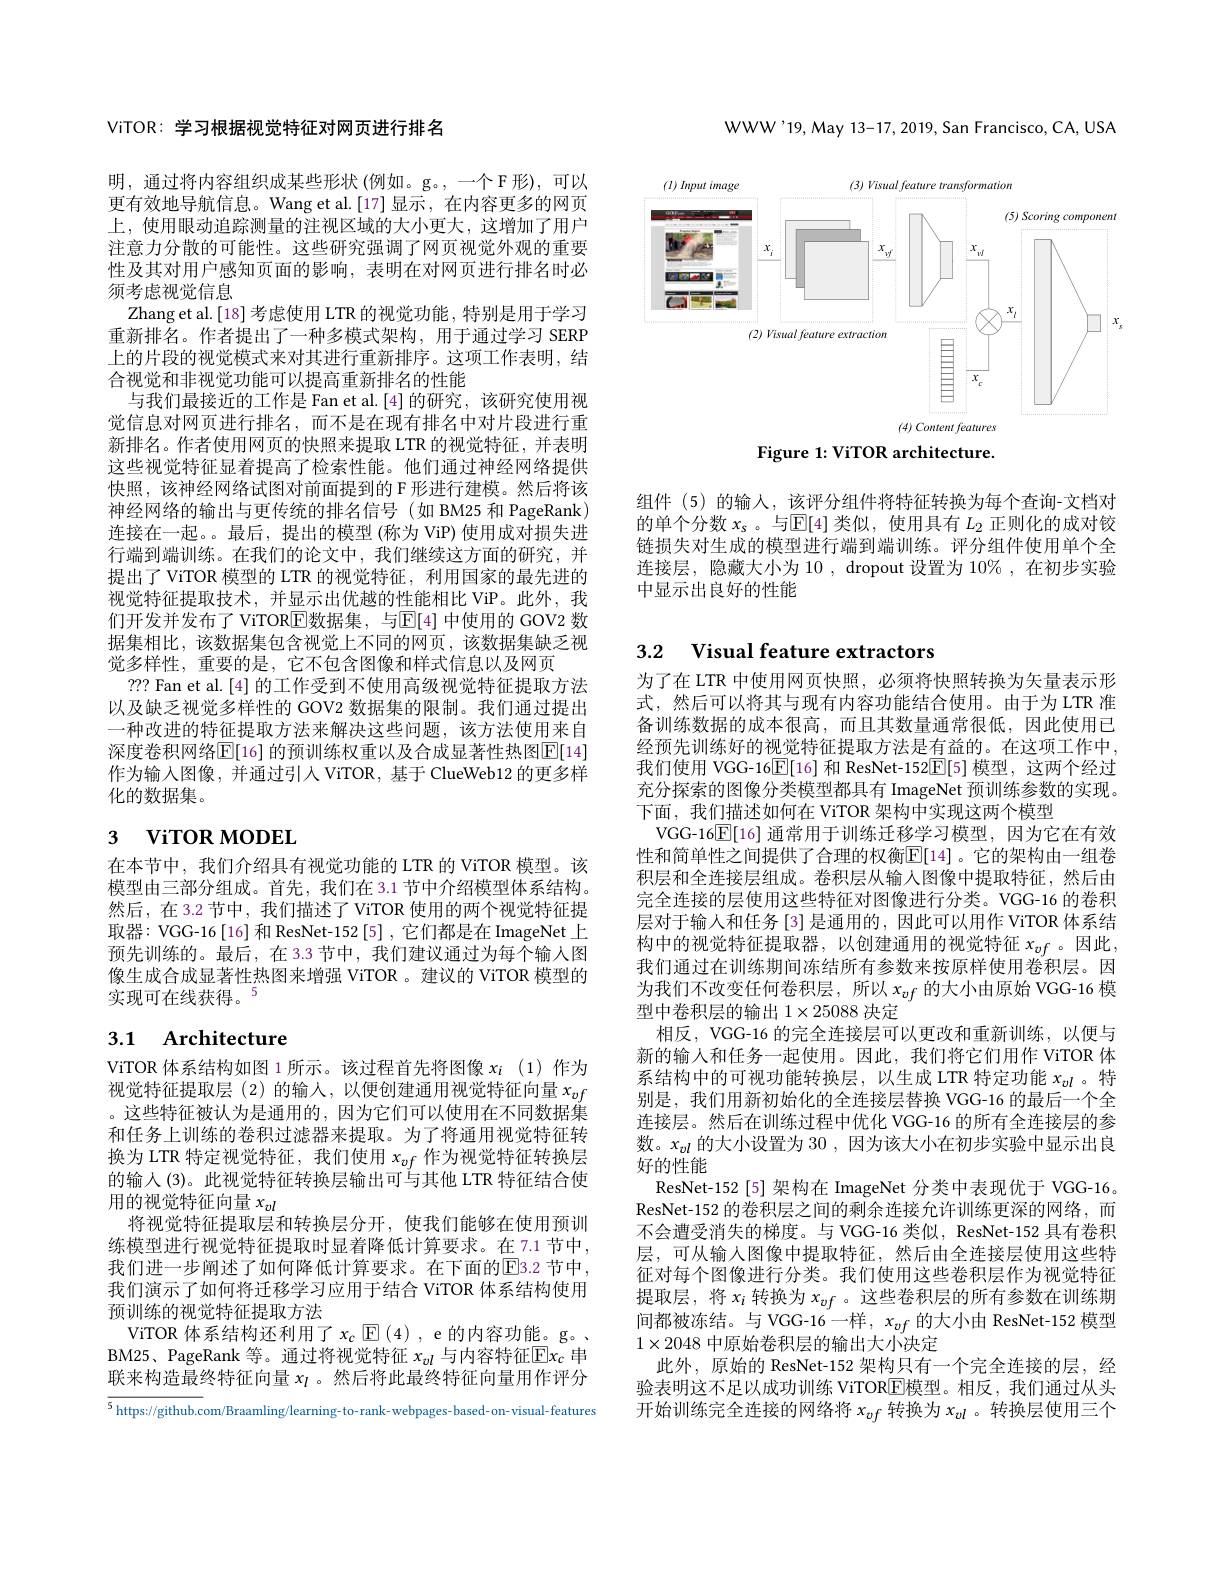
WWW'19,May 13-17, 2019, San Francisco, CA, USA

<FigureHere>

Figure 1: ViTOR architecture.

组件 (5)的输入，该评分组件将特征转换为每个查询-文档对的单个分数$x_s$ 。与$\mathbb{E}[4]$类似，使用具有$L_2$正则化的成对铰链损失对生成的模型进行端到端训练。评分组件使用单个全连接层，隐藏大小为 10 , dropout 设置为 10% , 在初步实验中显示出良好的性能

ViTOR: 学习根据视觉特征对网页进行排名

明，通过将内容组织成某些形状 (例如。g。,一个F形),可以更有效地导航信息。Wang et al.[17] 显示，在内容更多的网页上，使用眼动追踪测量的注视区域的大小更大，这增加了用户注意力分散的可能性。这些研究强调了网页视觉外观的重要性及其对用户感知页面的影响，表明在对网页进行排名时必须考虑视觉信息
Zhang et al.[18] 考虑使用 LTR 的视觉功能 , 特别是用于学习重新排名。作者提出了一种多模式架构，用于通过学习 SERP 上的片段的视觉模式来对其进行重新排序。这项工作表明，结合视觉和非视觉功能可以提高重新排名的性能
与我们最接近的工作是 Fan et al.[4] 的研究，该研究使用视觉信息对网页进行排名，而不是在现有排名中对片段进行重新排名。作者使用网页的快照来提取 LTR 的视觉特征，并表明这些视觉特征显着提高了检索性能。他们通过神经网络提供快照，该神经网络试图对前面提到的 F 形进行建模。然后将该神经网络的输出与更传统的排名信号(如 BM25 和 PageRank) 连接在一起。最后，提出的模型 (称为 ViP) 使用成对损失进行端到端训练。在我们的论文中，我们继续这方面的研究，并提出了 ViTOR 模型的 LTR 的视觉特征，利用国家的最先进的视觉特征提取技术，并显示出优越的性能相比 ViP。此外，我们开发并发布了 ViTORE 数据集，与$\mathbb{E}[4]$ 中使用的 GOV2 数据集相比，该数据集包含视觉上不同的网页，该数据集缺乏视觉多样性，重要的是，它不包含图像和样式信息以及网页
??? Fan et al. [4] 的工作受到不使用高级视觉特征提取方法以及缺乏视觉多样性的 GOV2 数据集的限制。我们通过提出一种改进的特征提取方法来解决这些问题，该方法使用来自深度卷积网络$\overline{\mathbb{E}}[16]$ 的预训练权重以及合成显著性热图$\mathbb{E}[14]$ 作为输入图像，并通过引人 ViTOR, 基于 ClueWeb12 的更多样化的数据集。

# 3 ViTOR MODEL

在本节中，我们介绍具有视觉功能的 LTR 的 ViTOR 模型。该模型由三部分组成。首先，我们在 3.1 节中介绍模型体系结构。然后，在3.2 节中，我们描述了 ViTOR 使用的两个视觉特征提取器：VGG-16 [16] 和 ResNet-152 [5] , 它们都是在 ImageNet 上预先训练的。最后，在 3.3 节中，我们建议通过为每个输入图像生成合成显著性热图来增强 ViTOR 。建议的 ViTOR 模型的实现可在线获得。$^{5}$

# 3.1 Architecture

ViTOR 体系结构如图 1 所示。该过程首先将图像$x_i$ (1)作为视觉特征提取层(2)的输入，以便创建通用视觉特征向量$x_{vf}$ 。这些特征被认为是通用的，因为它们可以使用在不同数据集和任务上训练的卷积过滤器来提取。为了将通用视觉特征转换为 LTR 特定视觉特征，我们使用$x_{vf}$作为视觉特征转换层的输入(3)。此视觉特征转换层输出可与其他 LTR 特征结合使用的视觉特征向量$x_{vl}$
将视觉特征提取层和转换层分开，使我们能够在使用预训练模型进行视觉特征提取时显着降低计算要求。在 7.1 节中， 我们进一步阐述了如何降低计算要求。在下面的$\overline{\mathrm{E}}$3.2 节中， 我们演示了如何将迁移学习应用于结合 ViTOR 体系结构使用预训练的视觉特征提取方法
ViTOR 体系结构还利用了$x_c\boxplus(4)$,e的内容功能。g。BM25、PageRank 等。通过将视觉特征$x_{vl}$与内容特征$\overline{\mathrm{E}}x_c$串联来构造最终特征向量$x_l$ 。然后将此最终特征向量用作评分

$\overline{^5\text{https://github.c}}$om/Braamling/learning-to-rank-webpages-based-on-visual-features

# 3.2 Visual feature extractors

为了在 LTR 中使用网页快照，必须将快照转换为矢量表示形式，然后可以将其与现有内容功能结合使用。由于为 LTR 准备训练数据的成本很高，而且其数量通常很低，因此使用已经预先训练好的视觉特征提取方法是有益的。在这项工作中我们使用 VGG-16$\overline{\mathbb{E}}[16]$和 ResNet-152$\overline{\mathbb{E}}[5]$模型，这两个经过充分探索的图像分类模型都具有 ImageNet 预训练参数的实现。下面，我们描述如何在 ViTOR 架构中实现这两个模型
VGG-16$\boxed{\mathbb{E}}[16]$通常用于训练迁移学习模型，因为它在有效性和简单性之间提供了合理的权衡$\overline{\mathbb{E}}[14]$。它的架构由一组卷积层和全连接层组成。卷积层从输入图像中提取特征，然后由完全连接的层使用这些特征对图像进行分类。VGG-16 的卷积层对于输人和任务[3]是通用的，因此可以用作 ViTOR 体系结构中的视觉特征提取器，以创建通用的视觉特征 $x_{vf}$。因此， 我们通过在训练期间冻结所有参数来按原样使用卷积层。因为我们不改变任何卷积层，所以$x_{vf}$的大小由原始 VGG-16 模型中卷积层的输出$1\times25088$决定
相反，VGG-16 的完全连接层可以更改和重新训练，以便与新的输入和任务一起使用。因此，我们将它们用作 ViTOR 体系结构中的可视功能转换层，以生成 LTR 特定功能$x_{vl}$ 。特别是，我们用新初始化的全连接层替换 VGG-16 的最后一个全连接层。然后在训练过程中优化 VGG-16 的所有全连接层的参数。$x_{vl}$的大小设置为 30 ,因为该大小在初步实验中显示出良好的性能
ResNet-152 [5] 架构在 ImageNet 分类中表现优于 VGG-16。ResNet-152 的卷积层之间的剩余连接允许训练更深的网络，而不会遭受消失的梯度。与 VGG-16 类似，ResNet-152 具有卷积层，可从输入图像中提取特征，然后由全连接层使用这些特征对每个图像进行分类。我们使用这些卷积层作为视觉特征提取层，将$x_i$转换为$x_{vf}$ 。这些卷积层的所有参数在训练期间都被冻结。与 VGG-16 一样，$x_{vf}$的大小由 ResNet-152 模型$1\times2048$中原始卷积层的输出大小决定
此外，原始的 ResNet-152 架构只有一个完全连接的层，经验表明这不足以成功训练 ViTOR$\overline{\mathrm{E}}$模型。相反，我们通过从头开始训练完全连接的网络将$x_vf$转换为$x_{vl}$ 。转换层使用三个